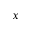
_ x